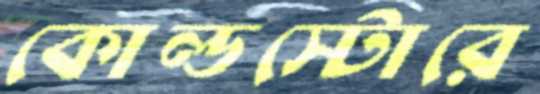
কোল্ডস্টোরে